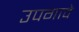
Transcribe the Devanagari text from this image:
उपगावे